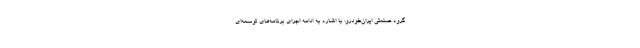
گروه صنعتی ایران‌خودرو، با اشاره به ادامه اجرای برنامه‌های توسعه‌ای